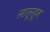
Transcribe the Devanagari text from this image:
लातूरहून